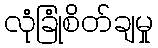
လုံခြုံစိတ်ချမှု